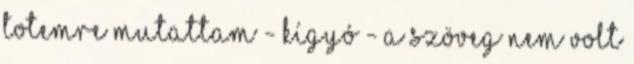
totemre mutattam - kígyó - a szöveg nem volt